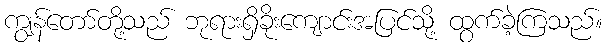
ကျွန်တော်တို့သည် ဘုရားရှိခိုးကျောင်းအပြင်သို့ ထွက်ခဲ့ကြသည်။